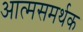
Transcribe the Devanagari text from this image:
आत्मसमर्थक